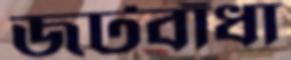
জটবাঁধা